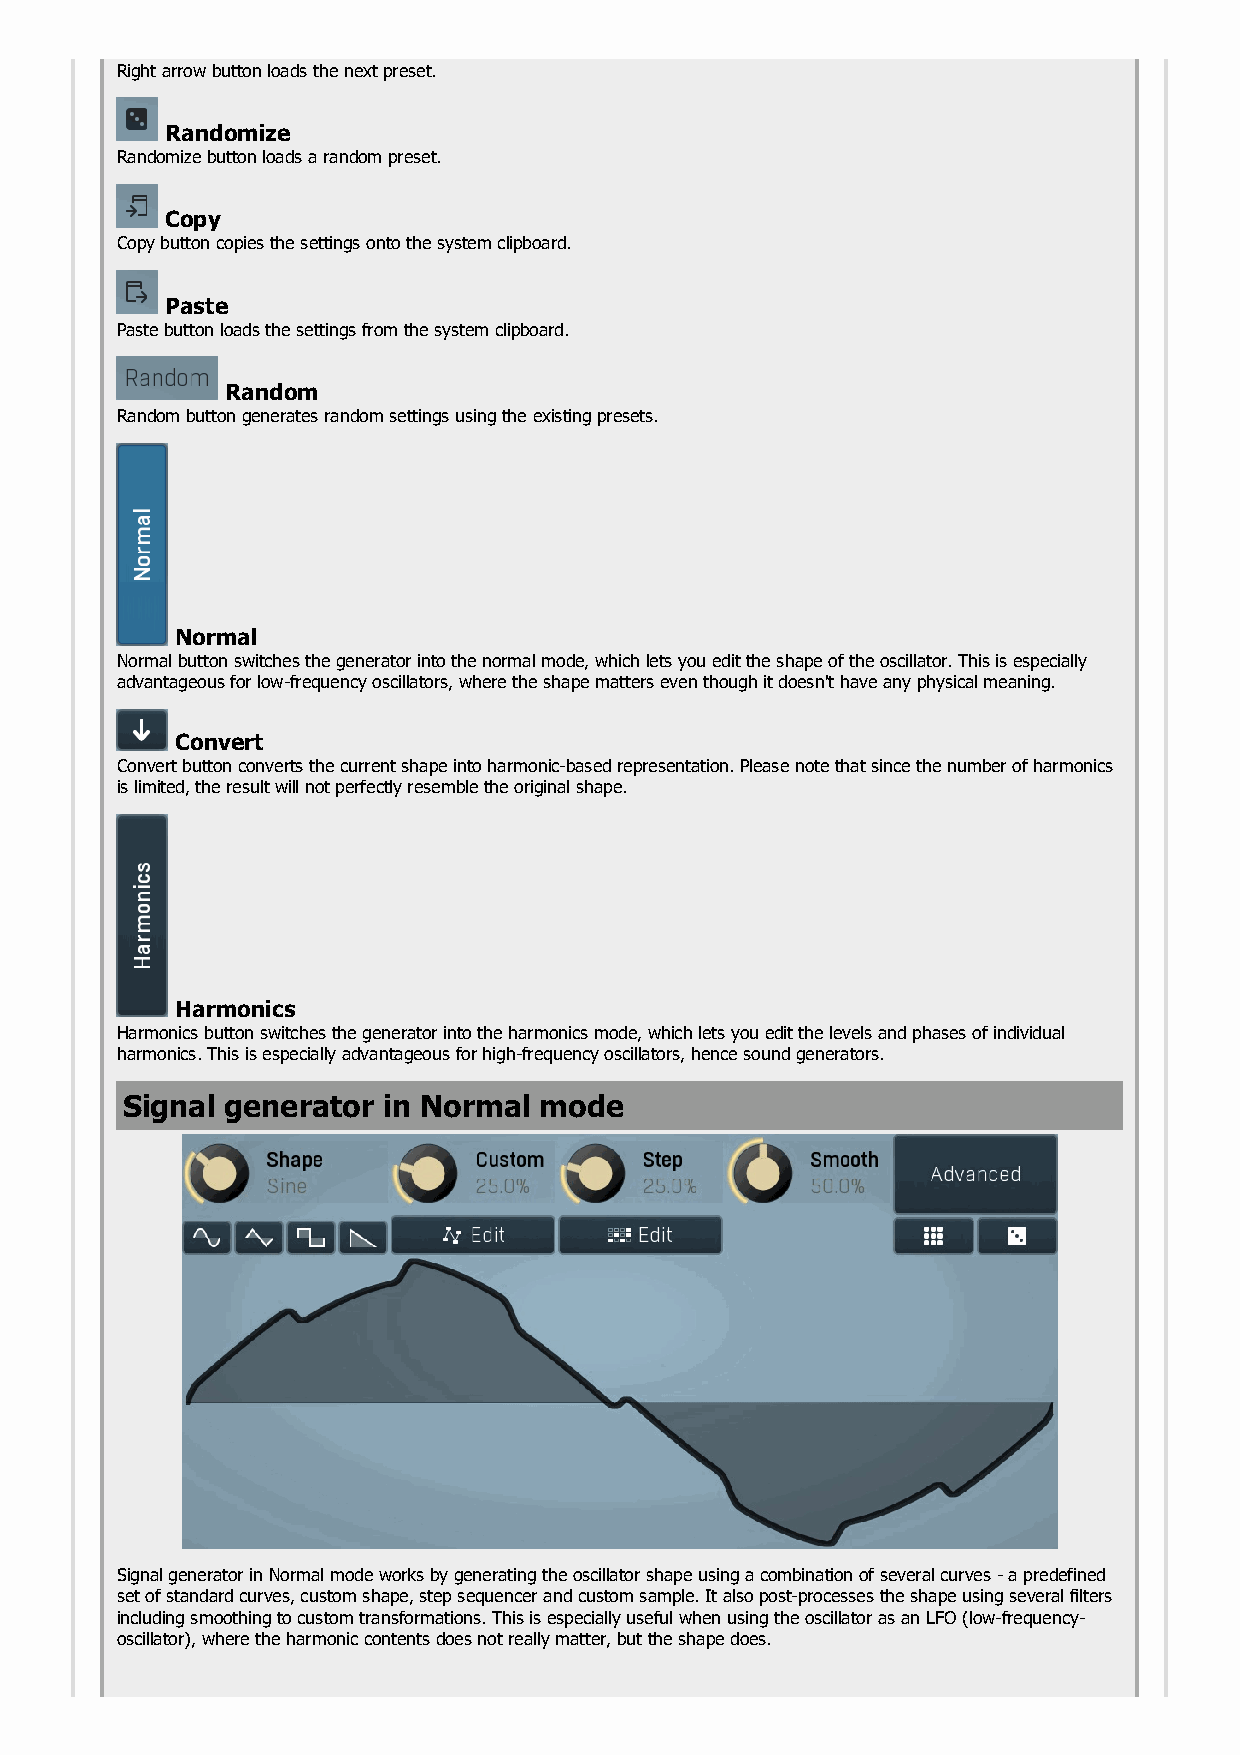
Right arrow button loads the next preset.
 Randomize
 Randomize button loads a random preset.
 Copy
 Copy button copies the settings onto the system clipboard.
 Paste
 Paste button loads the settings from the system clipboard.
 Random
 Random button generates random settings using the existing presets.
 Normal
 Normal button switches the generator into the normal mode, which lets you edit the shape of the oscillator. This is especially
 advantageous for low-frequency oscillators, where the shape matters even though it doesn't have any physical meaning.
 Convert
 Convert button converts the current shape into harmonic-based representation. Please note that since the number of harmonics
 is limited, the result will not perfectly resemble the original shape.
 Harmonics
 Harmonics button switches the generator into the harmonics mode, which lets you edit the levels and phases of individual
 harmonics. This is especially advantageous for high-frequency oscillators, hence sound generators.
 Signal generator in Normal  mode
 Signal generator in Normal mode works by generating the oscillator shape using a combination of several curves - a predefined
 set of standard curves, custom shape, step sequencer and custom sample. It also post-processes the shape using several filters
 including smoothing to custom transformations. This is especially useful when using the oscillator as an LFO (low-frequency-
 oscillator), where the harmonic contents does not really matter, but the shape does.